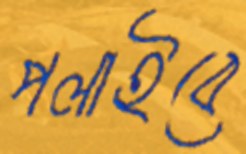
পলাইবে